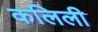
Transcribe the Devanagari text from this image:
कलिली